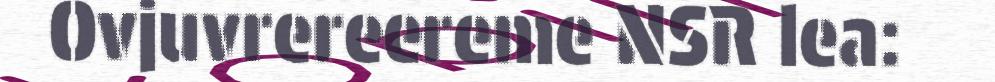
Ovjuvrereereme NSR lea: